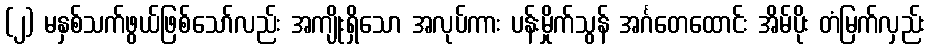
(၂) မနှစ်သက်ဖွယ်ဖြစ်သော်လည်း အကျိုးရှိသော အလုပ်ကား ပန်းမှိုက်သွန် အင်္ဂတေထောင်း အိမ်ပိုး တံမြက်လှည်း